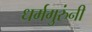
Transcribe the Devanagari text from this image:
धर्मगुरुंनी